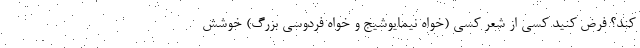
کند؟ فرض کنید کسی از شعر کسی (خواه نیمایوشیج و خواه فردوسی بزرگ) خوشش